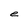
Character: e